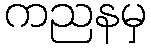
ကညနမှ